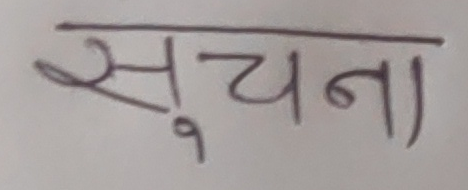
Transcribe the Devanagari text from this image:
सूचना